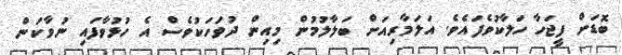
ބޮޑަށް ފީޖަހާ ހަލާކުވެފައެވެ. އަލަމާރިއަށް ބަލާލުމުން މިއިން ދުވަހަކުވެސް އެ ހުޅުވާފައި ނުވާކަން